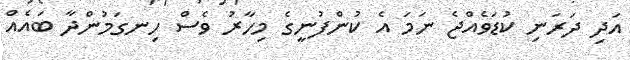
އަދި ދަރަނި ކުޑަވެއްޖެ ނަމަ އެ ކުންފުނީގެ މިހާރު ވެސް ހިނގަމުންދާ ބައެއް